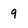
Character: 9